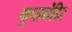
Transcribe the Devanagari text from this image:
गुप्तमंदिर